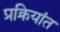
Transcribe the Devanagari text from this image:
प्रक्रियांत